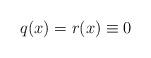
LaTeX: \begin{align*}& q(x)=r(x)\equiv 0\end{align*}